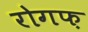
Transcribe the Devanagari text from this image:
रोगफ़